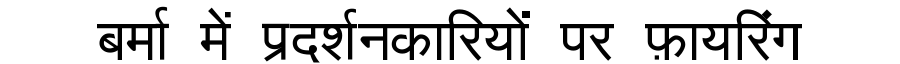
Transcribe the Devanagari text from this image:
बर्मा में प्रदर्शनकारियों पर फ़ायरिंग